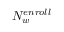
N _ { w } ^ { e n r o l l }